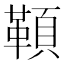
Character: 𩔈